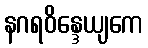
နဂရဝိန္ဒေယျကေ